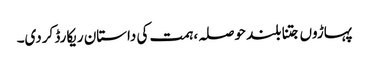
پہاڑوں جتنا بلند حوصلہ، ہمت کی داستان ریکارڈ کردی۔